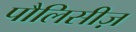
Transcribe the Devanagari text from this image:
पौलिसीज़